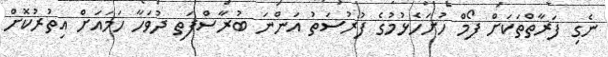
ނެގި ފަރާތްތަކަށް ފޯމް ހުށަހެޅުމުގެ ފުރުސަތު އަންނަ ބުރާސްފަތި ދުވަހާ ހަމައަށް އިތުރުކޮށް